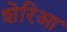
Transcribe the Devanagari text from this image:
शेरिआ